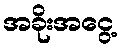
အခိုးအငွေ့